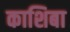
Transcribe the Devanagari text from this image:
काशिबा